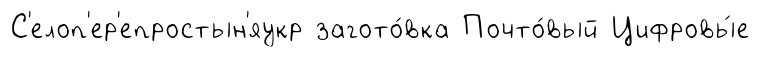
С'елоп'ер'епростын'яукр загото́вка Почто́вый Цифровы́е